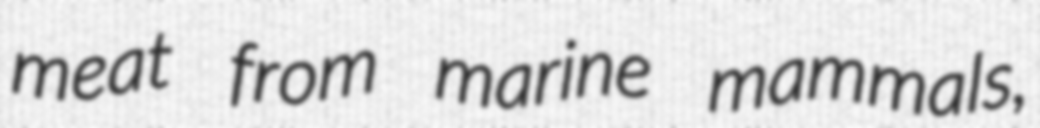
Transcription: meat from marine mammals,